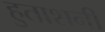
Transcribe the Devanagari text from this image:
हुताशनी